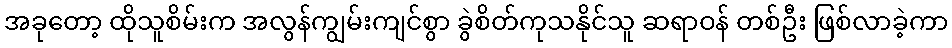
အခုတော့ ထိုသူစိမ်းက အလွန်ကျွမ်းကျင်စွာ ခွဲစိတ်ကုသနိုင်သူ ဆရာဝန် တစ်ဦး ဖြစ်လာခဲ့ကာ